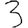
Digit: 3